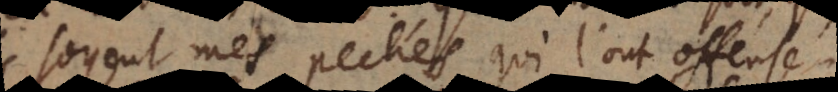
soyent mes pechés qui l’ont offensé!